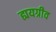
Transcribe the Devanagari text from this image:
ह्ययग्रीव